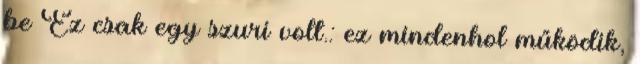
be Ez csak egy szuri volt.: ez mindenhol működik,